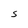
Character: S